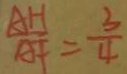
\frac { A H } { A F } = \frac { 3 } { 4 }